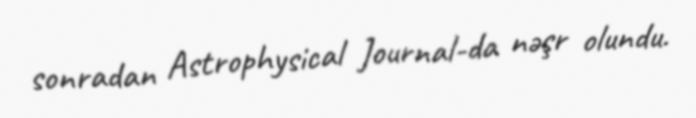
sonradan Astrophysical Journal-da nəşr olundu.